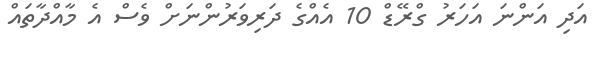
އަދި އަންނަ އަހަރު ގްރޭޑް 10 އެއްގެ ދަރިވަރުންނަށް ވެސް އެ މާއްދާތައް